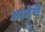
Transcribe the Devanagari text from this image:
आंबेचे